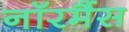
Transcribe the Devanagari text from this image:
नॉरमैंस